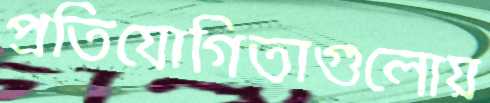
প্রতিযোগিতাগুলোয়